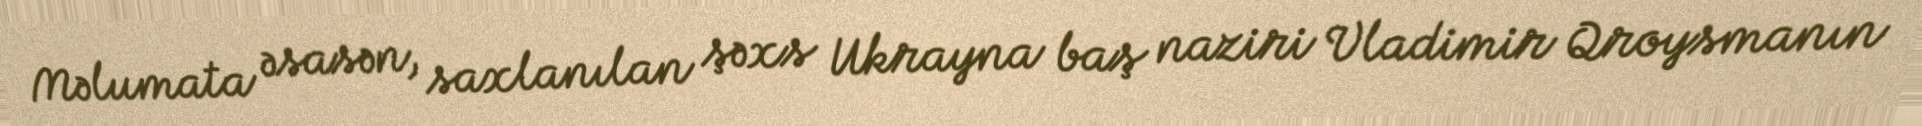
Məlumata əsasən, saxlanılan şəxs Ukrayna baş naziri Vladimir Qroysmanın